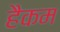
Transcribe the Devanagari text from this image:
हैकम